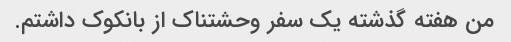
من هفته گذشته یک سفر وحشتناک از بانکوک داشتم.